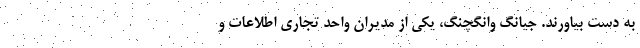
به دست بیاورند. جیانگ وانگچنگ، یکی از مدیران واحد تجاری اطلاعات و